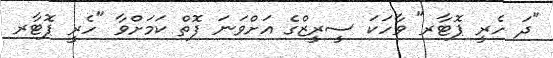
"ދަ ހެރީ ޕޮޓާރ" ވާހަކަ ސީރީޒްގެ އަށްވަނަ ފޮތް ކަމަށްވާ "ހެރީ ޕޮޓާރ